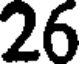
26